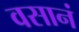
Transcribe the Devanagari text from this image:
वसानं